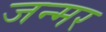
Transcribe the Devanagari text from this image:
जन्मर